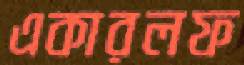
একারলফ